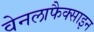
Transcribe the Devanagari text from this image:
वेनलाफैक्साइन